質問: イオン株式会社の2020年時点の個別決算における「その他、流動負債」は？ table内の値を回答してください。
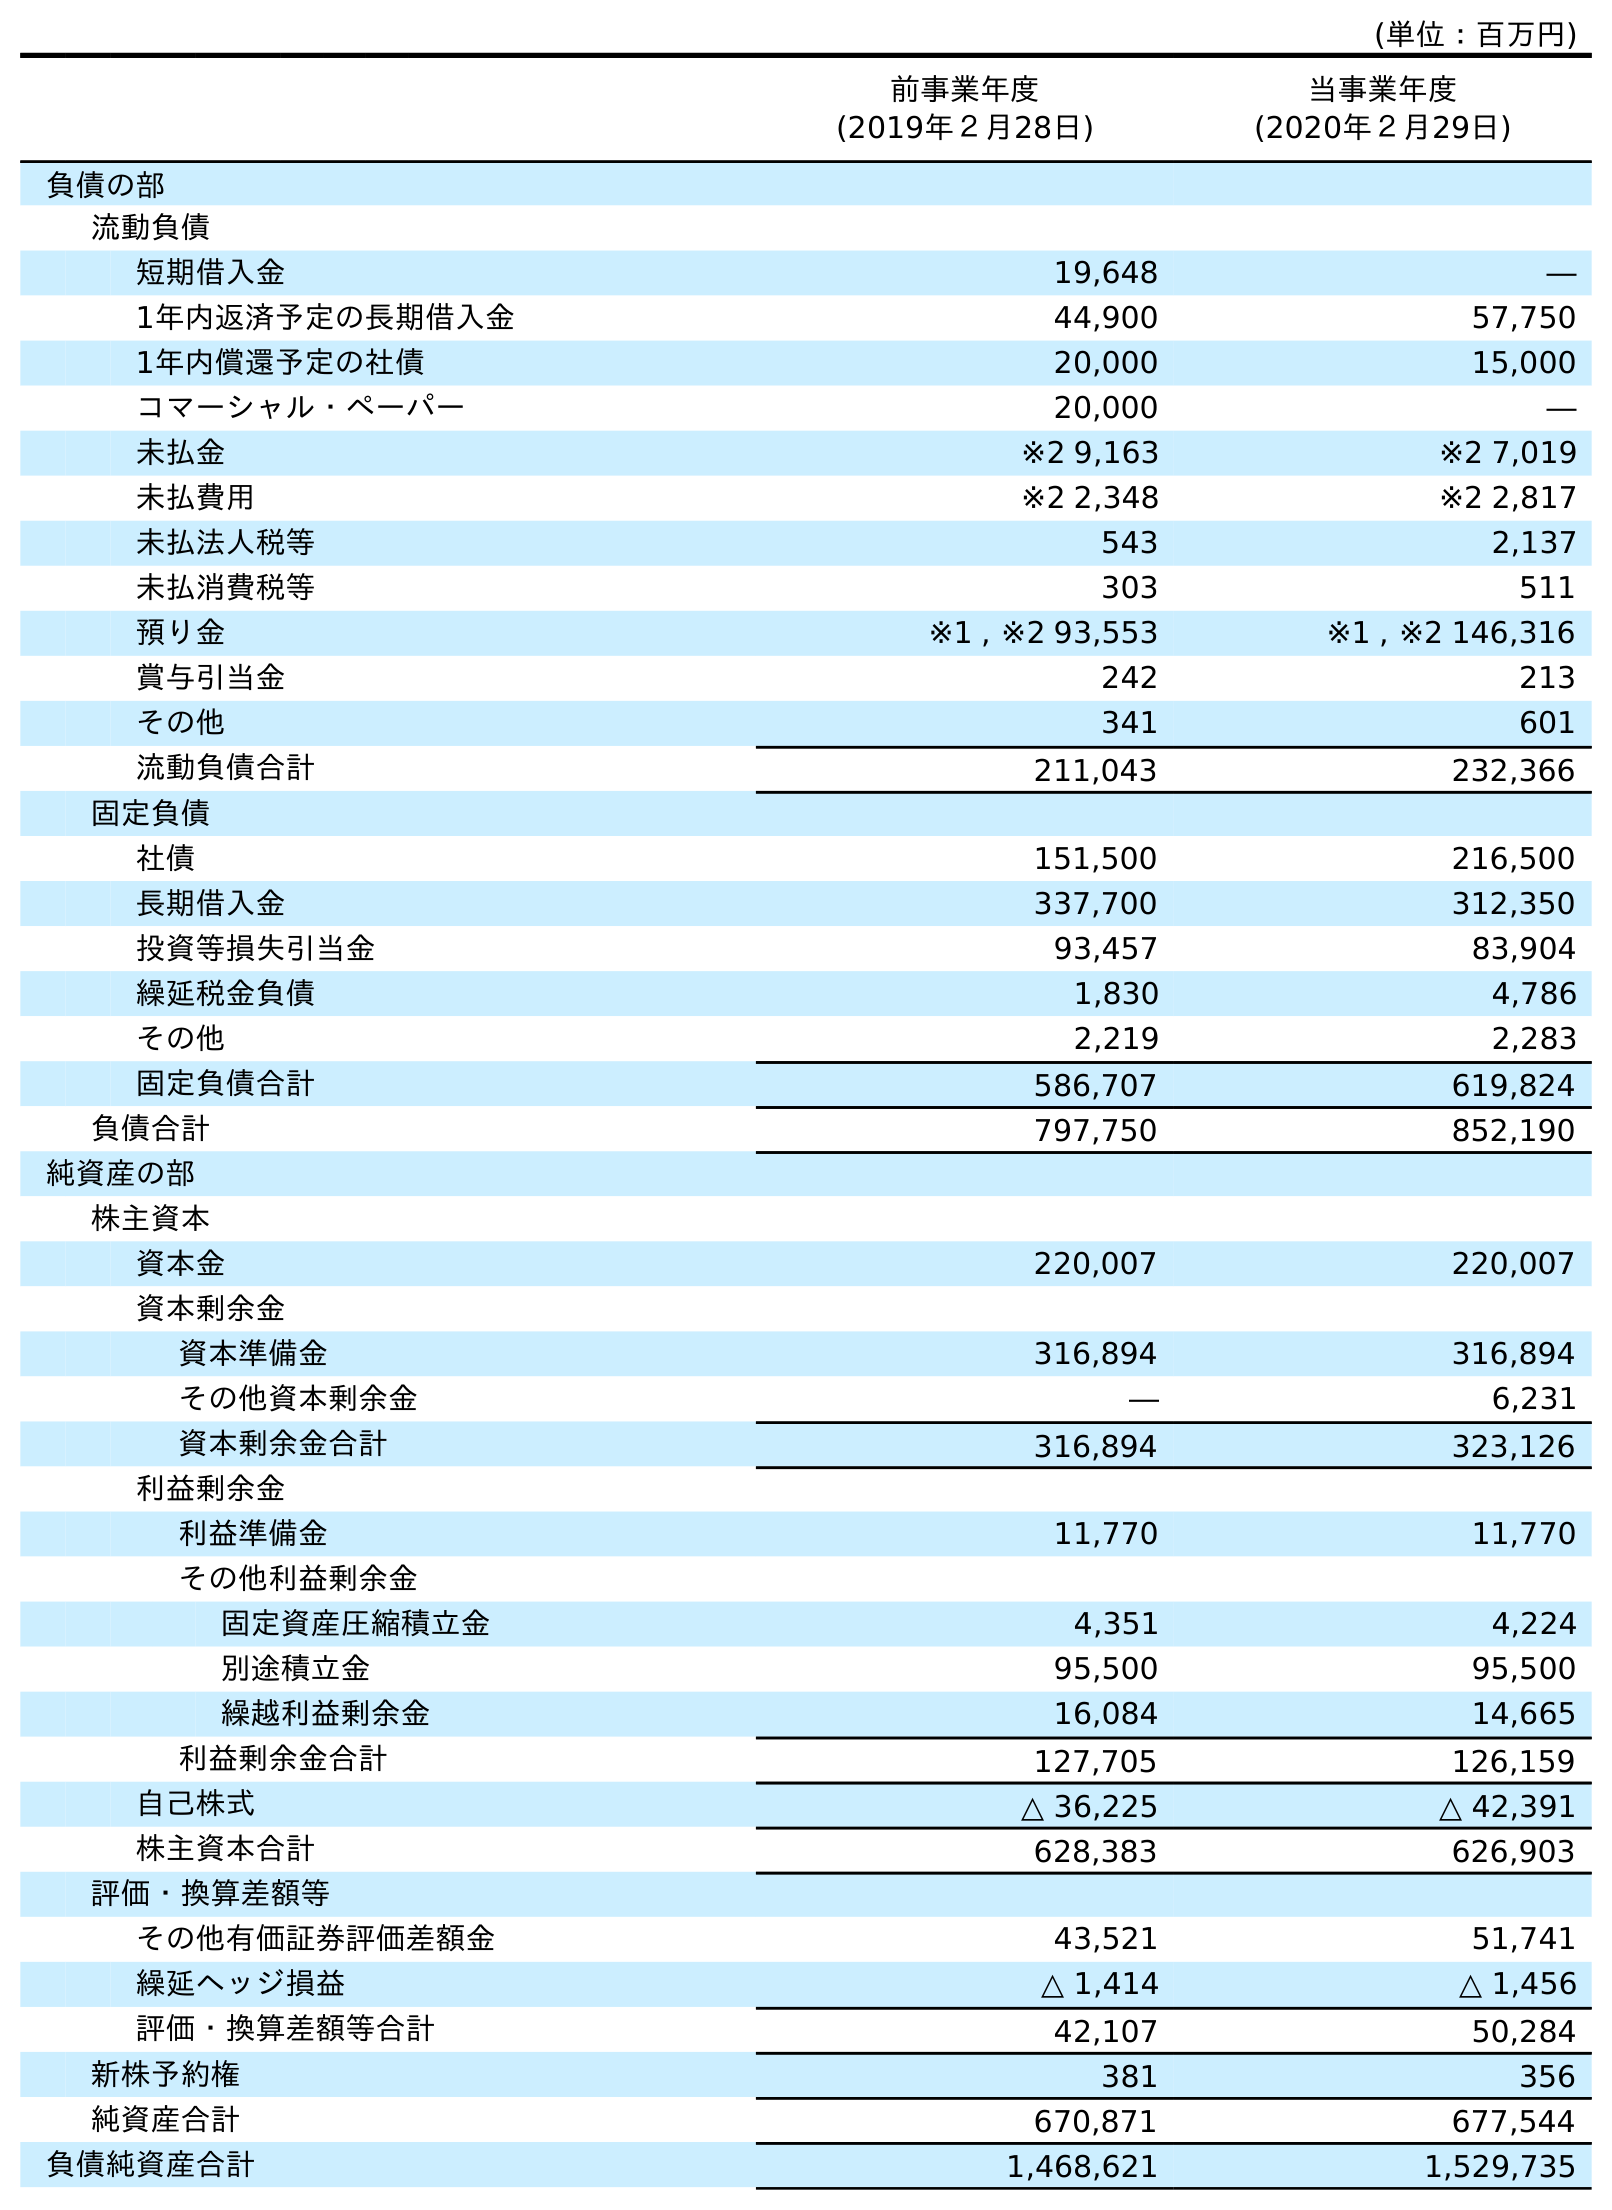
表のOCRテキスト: (単位：百万円) 前事業年度 (2019年２月28日) 当事業年度 (2020年２月29日) 負債の部 流動負債 短期借入金 19,648 ― 1年内返済予定の長期借入金 44,900 57,750 1年内償還予定の社債 20,000 15,000 コマーシャル・ペーパー 20,000 ― 未払金 ※2 9,163 ※2 7,019 未払費用 ※2 2,348 ※2 2,817 未払法人税等 543 2,137 未払消費税等 303 511 預り金 ※1 , ※2 93,553 ※1 , ※2 146,316 賞与引当金 242 213 その他 341 601 流動負債合計 211,043 232,366 固定負債 社債 151,500 216,500 長期借入金 337,700 312,350 投資等損失引当金 93,457 83,904 繰延税金負債 1,830 4,786 その他 2,219 2,283 固定負債合計 586,707 619,824 負債合計 797,750 852,190 純資産の部 株主資本 資本金 220,007 220,007 資本剰余金 資本準備金 316,894 316,894 その他資本剰余金 ― 6,231 資本剰余金合計 316,894 323,126 利益剰余金 利益準備金 11,770 11,770 その他利益剰余金 固定資産圧縮積立金 4,351 4,224 別途積立金 95,500 95,500 繰越利益剰余金 16,084 14,665 利益剰余金合計 127,705 126,159 自己株式 △ 36,225 △ 42,391 株主資本合計 628,383 626,903 評価・換算差額等 その他有価証券評価差額金 43,521 51,741 繰延ヘッジ損益 △ 1,414 △ 1,456 評価・換算差額等合計 42,107 50,284 新株予約権 381 356 純資産合計 670,871 677,544 負債純資産合計 1,468,621 1,529,735
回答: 601